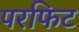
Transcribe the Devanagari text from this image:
परफिट